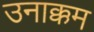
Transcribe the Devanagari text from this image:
उनाक्कम